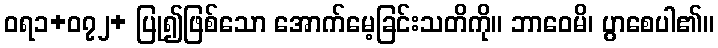
ဝရ၁+၀၇၂+ ပြု၍ဖြစ်သော အောက်မေ့ခြင်းသတိကို။ ဘာဝေမိ၊ ပွာစေပါ၏။